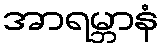
အာရမ္ဘာနံ